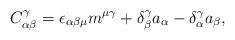
\begin{align*}C_{\alpha \beta }^\gamma =\epsilon _{\alpha \beta \mu }m^{\mu \gamma}+\delta _\beta ^\gamma a_\alpha -\delta _\alpha ^\gamma a_\beta ,\end{align*}